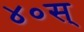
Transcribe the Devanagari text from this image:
४०स्